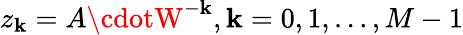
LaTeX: z_{\mathbf{k}}=A\cdotW^{-\mathbf{k}},\mathbf{k}=0,1,\dots,M-1